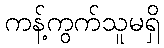
ကန့်ကွက်သူမရှိ